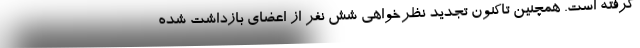
گرفته است. همچنین تاکنون تجدید نظرخواهی شش نفر از اعضای بازداشت شده